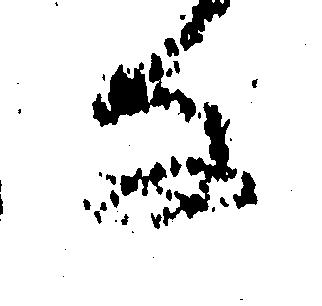
な